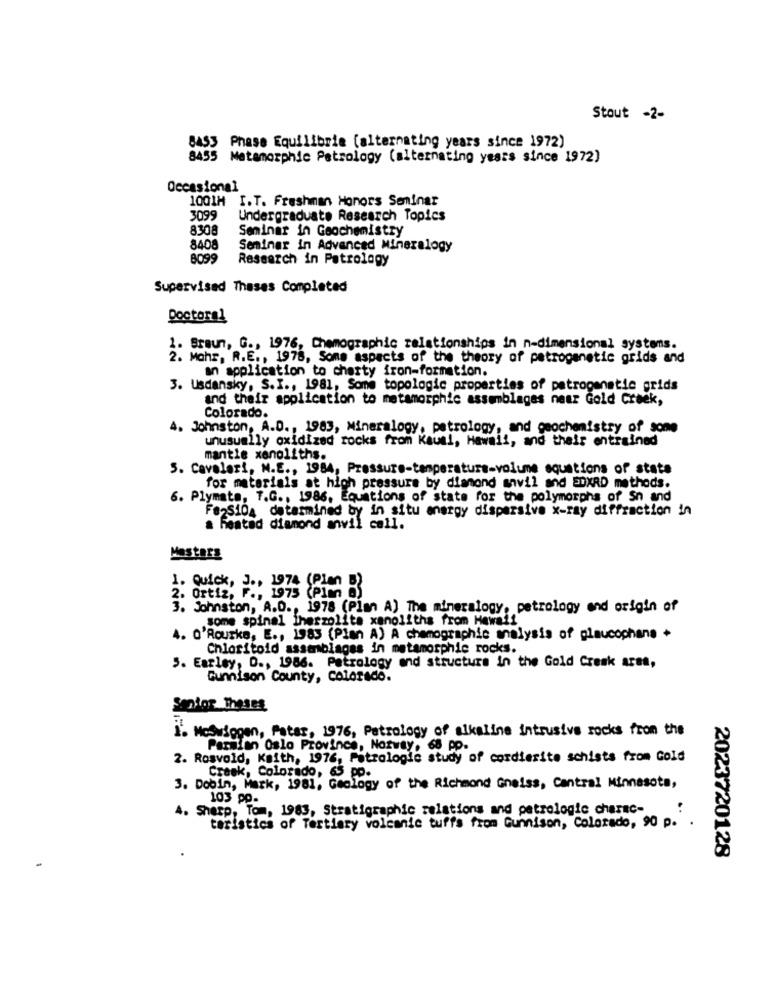
Stout -2-
8453 Phase Equilibrie (alternating years since 1972)
8455 Metamorphic Petrology (alternating years since 1972)
Occasional
1001M I.T. Freshman Honors Seminar
3099
Undergraduate Research Topics
8308
Seminar in Geochemistry
8408
Seminar in Advanced Mineralogy
8099
Research in Patrolagy
Supervised Theses Completed
Doctoral
1. Braun, G ., 1976, Chemographic relationships in n-dimensional systems.
2. Mohr, R.E ., 1978, Some aspects of the theory of patrogenetic grids and
an application to charty iron-formation.
3. Usdansky, S.I ., 1981, Some topologic properties of patrogenetic grids
and their application to metamorphic assemblages near Gold Creek,
Colorado.
4. Johnston, A.D ., 1983, Mineralogy, petrology, and geochemistry of sone
unusually oxidized rocks from Kaum !, Hawaii, and their entrained
mantle xenoliths.
5. Cavalari, M.E ., 1984, Pressure-temperatura-volume equations of state
for materials at high pressure by diamond anvil and EDXRD methods.
6. Plymata, T.G ., 1986, Equations of state for the polymorphs of Sn and
FesSION determined by in situ energy dispersive x-ray diffraction in
a heated diamond anvil cell.
Masters
1. Quick, J ., 1974 (Plan B)
2. Ortiz, F ., 1975 (Plan 6)
3. Johnston, A.D ., 1978 (Plan A) The mineralogy, petrology and origin of
some spinal iherzolite xenoliths from Hawaii
4. O'Rourke, E ., 1983 (Plan A) A chemographic analysis of glaucophane +
Chloritoid assemblages in metamorphic rocks.
5. Earley, D ., 1986. Petrology and structure in the Gold Cresk ares,
Gunnison County, colorado.
Senior Theses
i. Noswiggen, Peter, 1976, Petrology of alkaline intrusive rocks from the
Parmian Oslo Province, Norway, 68 po.
2. Rosvold, Kaith, 1976, Patrologie study of cordierite schists from Gold
Creek, Colorado, 65 pp.
3. Dobin, Mark, 1981, Geology of the Richmond Gneiss, Central Minnesota,
103 pp.
4. Sharp, Tom, 1983, Stratigraphic relations and petrologic charac-
teristics of Tertiary volcanic tuffs from Gunnison, Colorado, 90 p. .
2023720128